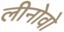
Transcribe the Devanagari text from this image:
लीनोवो